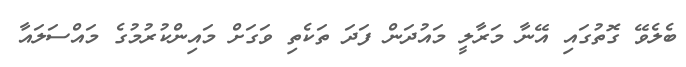
ބެލެވޭ ގޮތުގައި އޭނާ މަރާލީ މައުދަން ފަދަ ތަކެތި ވަގަށް މައިންކުރުމުގެ މައްސަލައާ